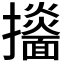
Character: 𢹙